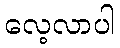
လေ့လာပါ